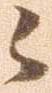
々